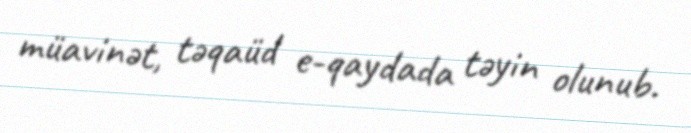
müavinət, təqaüd e-qaydada təyin olunub.